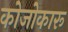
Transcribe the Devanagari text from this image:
कोजोकारू